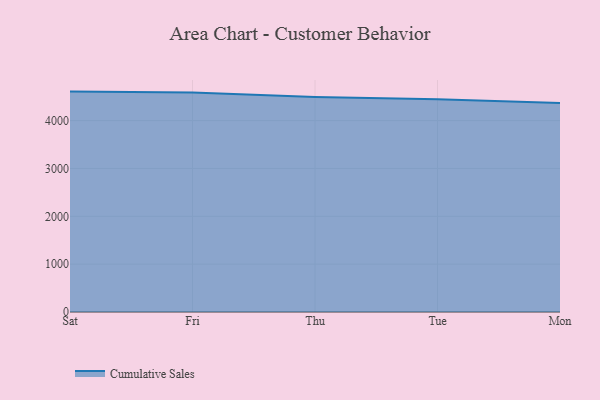
{"axis": {"x": "Day", "y": "Headcount"}, "legend": ["Cumulative Sales"], "data": [{"x": "Sat", "y": 4606.5, "type": "Cumulative Sales"}, {"x": "Fri", "y": 4589.1, "type": "Cumulative Sales"}, {"x": "Thu", "y": 4493.9, "type": "Cumulative Sales"}, {"x": "Tue", "y": 4448.9, "type": "Cumulative Sales"}, {"x": "Mon", "y": 4368.2, "type": "Cumulative Sales"}]}